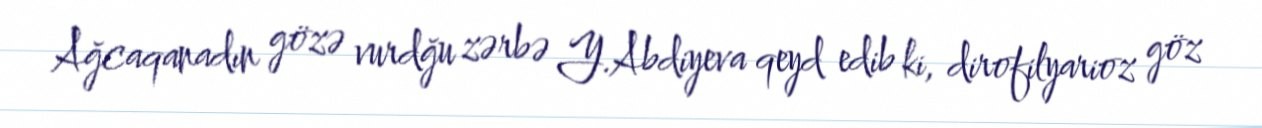
Ağcaqanadın gözə vurdğu zərbə Y.Abdiyeva qeyd edib ki, dirofilyarioz göz